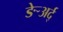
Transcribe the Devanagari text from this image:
ङेर्‍अर्द्